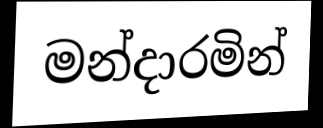
මන්දාරමින්